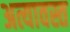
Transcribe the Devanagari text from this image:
अत्यावस्त